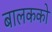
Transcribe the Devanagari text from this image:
बालकको